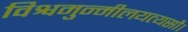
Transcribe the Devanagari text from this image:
विश्वमुन्मीलयत्यसौ।